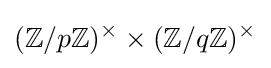
(\mathbb {Z} /p\mathbb {Z} )^{\times }\times (\mathbb {Z} /q\mathbb {Z} )^{\times }